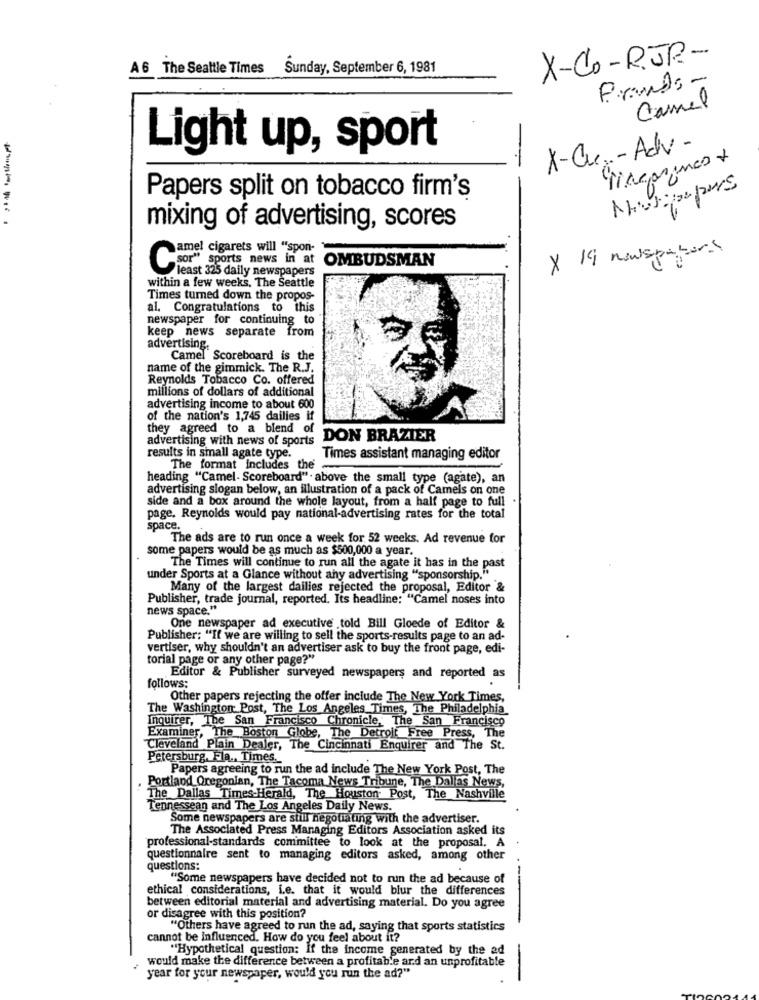
X-Co-R.JP-
A 6 The Seattle Times Sunday, September 6, 1981
Brands-
Camel
Light up, sport
X-Cu-Adv-
-
5
1405/06/2015
Papers split on tobacco firm's
----.
mixing of advertising, scores
amel cigarets will "spon-
X 19 newspapers
OMBUDSMAN
Csor" sports news in at
within a few weeks, The Seattle
least 325 daily newspapers
Times turned down the propos-
al. Congratulations to this
newspaper for continuing to
keep news separate from
advertising.
Camel Scoreboard is the
name of the gimmick. The R.J.
Reynolds Tobacco Co. offered
millions of dollars of additional
advertising income to about 600
of the nation's 1,745 dailies if
they agreed to a blend of
advertising with news of sports
DON BRAZIER
results in small agate type.
Times assistant managing editor
The format Includes the
heading "Camel - Scoreboard". above the small type (agate), an
advertising slogan below, an illustration of a pack of Camels on one
side and a box around the whole layout, from a half page to full
page. Reynolds would pay national-advertising rates for the total
space.
The ads are to run once a week for 52 weeks. Ad revenue for
some papers would be as much as $500,000 a year.
The Times will continue to run all the agate it has in the past
under Sports at a Glance without any advertising "sponsorship."
Many of the largest dailies rejected the proposal, Editor &
Publisher, trade journal, reported. Its headline: "Camel noses into
news space."
One newspaper ad executive told Bill Gloede of Editor &
Publisher: "If we are willing to sell the sports-results page to an ad-
vertiser, why shouldn't an advertiser ask to buy the front page, edi-
torial page or any other page?"
follows:
Editor & Publisher surveyed newspapers and reported as
Other papers rejecting the offer include The New York Times,
The Washington Post, The Los Angeles Times, The Philadelphia
Inquirer, The San Francisco Chronicle, The San Francisco
Examiner, The Boston Globe, The Detroit Free Press, The
Cleveland Plain Dealer, The Cincinnati Enquirer and The St.
Petersburg, Fla ., Times.
Papers agreeing to run the ad include The New York Post, The
Portland Oregonian, The Tacoma News Tribune, The Dallas News,
The Dallas Times-Herald, The Houston Post, The Nashville
Tennessean and The Los Angeles Daily News.
Some newspapers are still negotiating with the advertiser.
The Associated Press Managing Editors Association asked its
professional-standards committee to look at the proposal. A
questionnaire sent to managing editors asked, among other
questions:
"Some newspapers have decided not to run the ad because of
ethical considerations, i.e. that it would blur the differences
between editorial material and advertising material. Do you agree
or disagree with this position?
"Others have agreed to run the ad, saying that sports statistics
cannot be influenced. How do you feel about it?
"Hypothetical question: If the income generated by the ad
would make the difference between a profitable and an unprofitable
-
year for your newspaper, would you run the ad?"